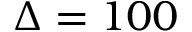
\Delta = 1 0 0